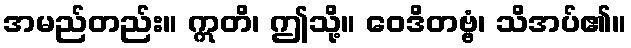
အမည်တည်း။ ဣတိ၊ ဤသို့။ ဝေဒိတဗ္ဗံ၊ သိအပ်၏။